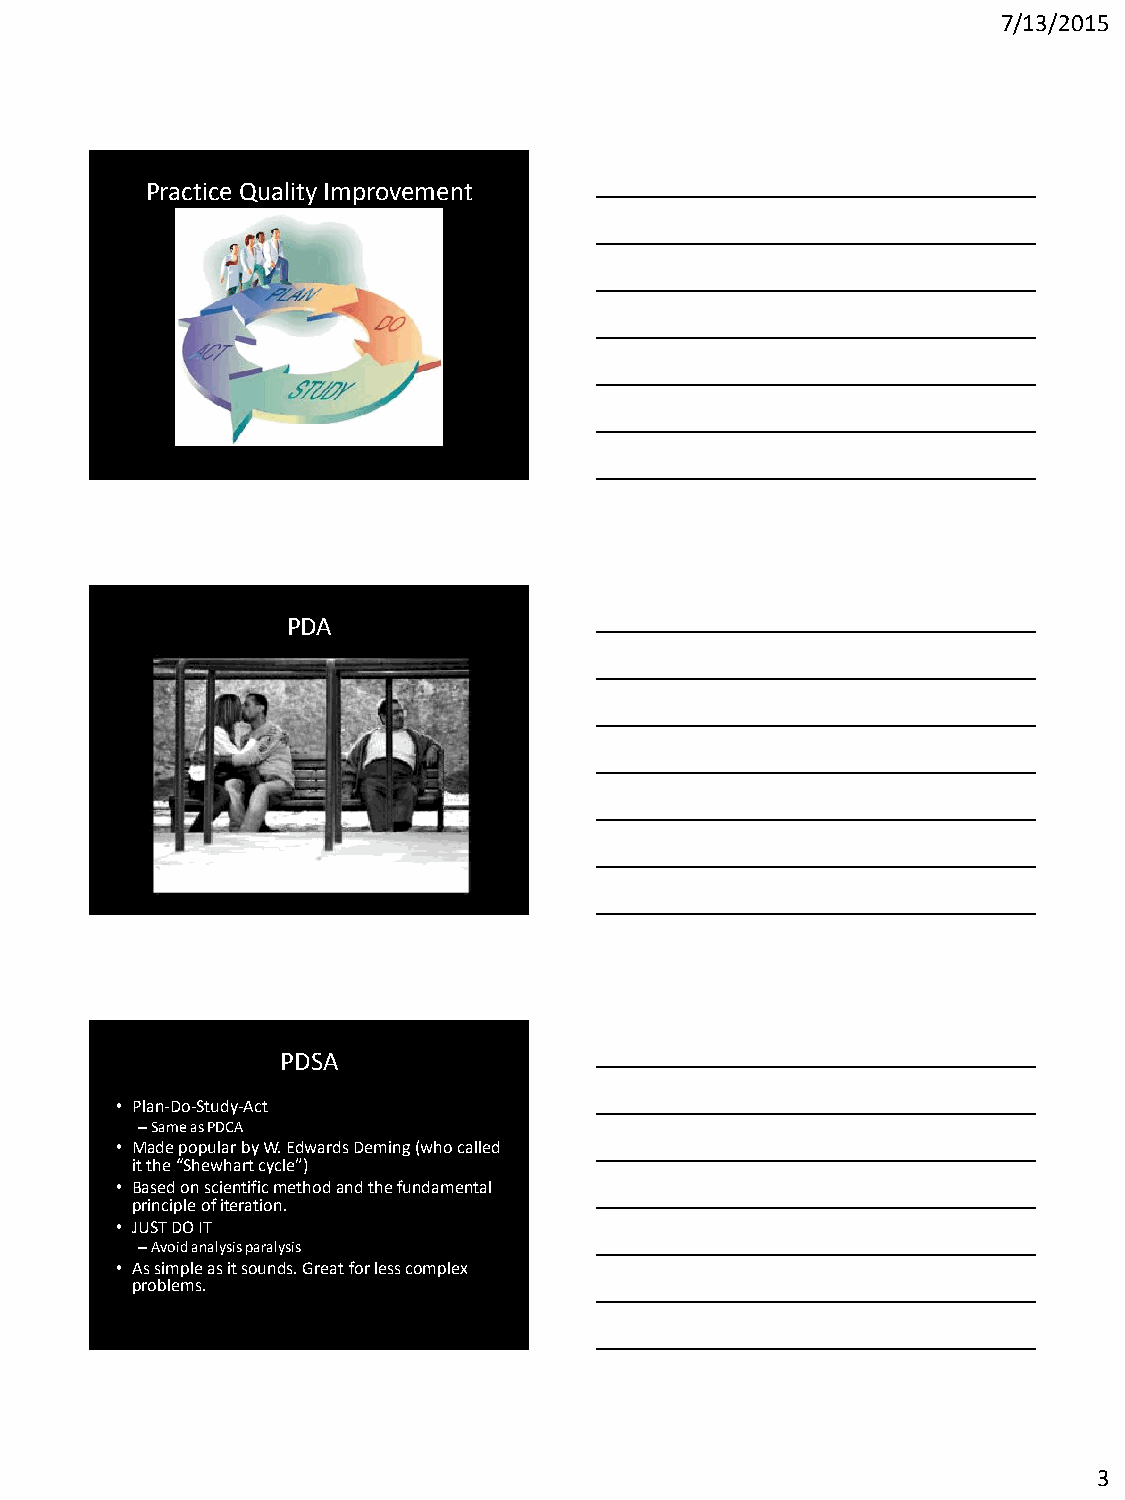
7/13/2015
 Practice Quality Improvement
 PDA
 PDSA
 • Plan-Do-Study-Act
 –Same as PDCA
 • Made popular by W. Edwards Deming (who called
 it the “Shewhart cycle”)
 • Based on scientific method and the fundamental
 principle of iteration.
 • JUST DO IT
 –Avoid analysis paralysis
 • As simple as it sounds. Great for less complex
 problems.
 3